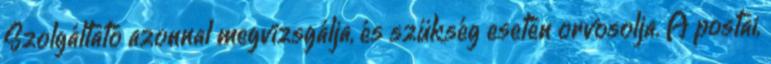
Szolgáltató azonnal megvizsgálja, és szükség esetén orvosolja. A postai,